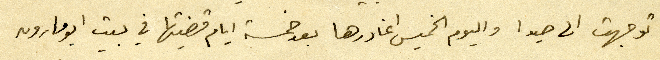
توجهت الى صيدا واليوم الخميس اغادرها بعد خمسة ايام قضيتها في بيت ابو مارون